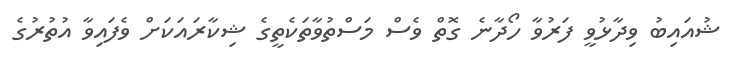
ޝުއައިބު ވިދާޅުވީ ފަރުވާ ހޯދާނެ ގޮތް ވެސް މަސްތުވާތަކެތީގެ ޝިކާރައަކަށް ވެފައިވާ އުތުރުގެ